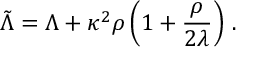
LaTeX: \tilde { \Lambda } = \Lambda + \kappa ^ { 2 } \rho \left( 1 + \frac { \rho } { 2 \lambda } \right) \, .